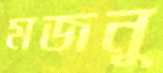
মজনু